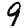
Digit: 9